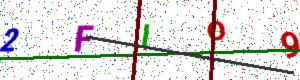
Text: 2FIO9